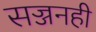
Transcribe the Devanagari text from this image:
सज्जनही